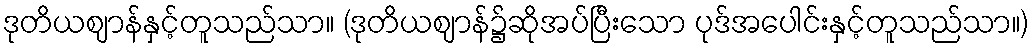
ဒုတိယဈာန်နှင့်တူသည်သာ။ (ဒုတိယဈာန်၌ဆိုအပ်ပြီးသော ပုဒ်အပေါင်းနှင့်တူသည်သာ။)